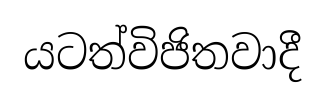
යටත්විජිතවාදී